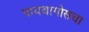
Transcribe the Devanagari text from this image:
पायथागोसचा